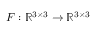
\boldsymbol { F } : \mathbb { R } ^ { 3 \times 3 } \rightarrow \mathbb { R } ^ { 3 \times 3 }